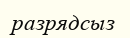
разрядсыз